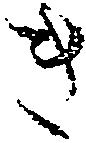
き